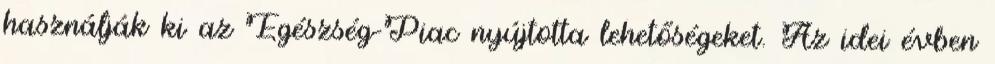
használják ki az Egészség-Piac nyújtotta lehetőségeket. Az idei évben